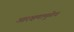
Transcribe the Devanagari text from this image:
आरक्षणामुळेच